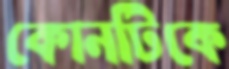
কোনটিকে